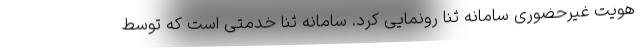
هویت غیرحضوری سامانه ثنا رونمایی کرد. سامانه ثنا خدمتی است که توسط